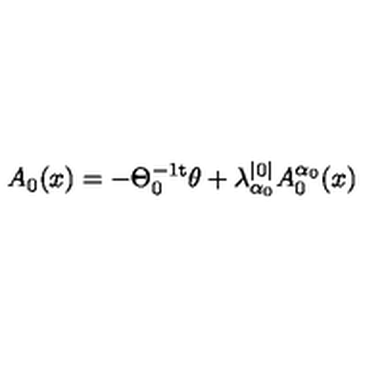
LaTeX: A _ { 0 } ( x ) = - \Theta _ { 0 } ^ { - 1 \mathrm { t } } \theta + \lambda _ { \alpha _ { 0 } } ^ { | 0 | } A _ { 0 } ^ { \alpha _ { 0 } } ( x )